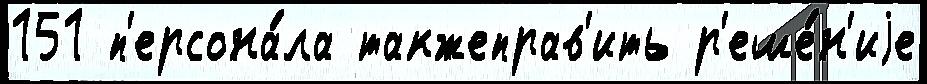
151 п'ерсона́ла такжеправ'ить р'еше́н'иjе